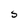
Character: S